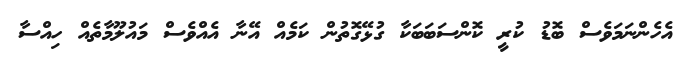
އެހެންނަމަވެސް ބޮޑު ކުރީ ކޮންސަބަބަކާ ގުޅޭގޮތުން ކަމެއް އޭނާ އެއްވެސް މައުލޫމާތެއް ހިއްސާ